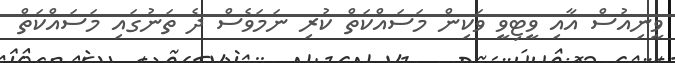
ވީނިއުސް އާއި ވީޓިވީ ވަކިން މަސައްކަތް ކުރި ނަމަވެސް ދެ ތަނުގައި މަސައްކަތް